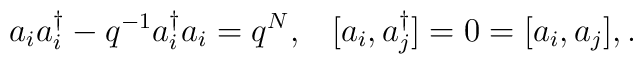
a_i a_i^{\dagger}-q^{-1}a_i^{\dagger}a_i=q^N ,\;\;\;[a_i,a_j^{\dagger}]=0=[a_i,a_j],.